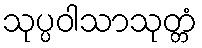
သုပ္ပဝါသာသုတ္တံ